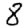
Digit: 8